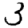
Digit: 3